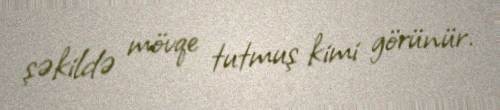
şəkildə mövqe tutmuş kimi görünür.